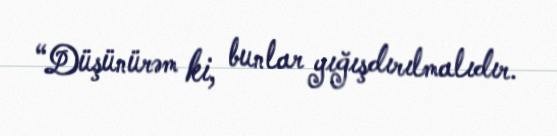
“Düşünürəm ki, bunlar yığışdırılmalıdır.